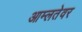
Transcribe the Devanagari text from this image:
आम्लतेवर